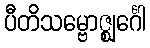
ပီတိသမ္ဗောဇ္ဈင်္ဂေါ